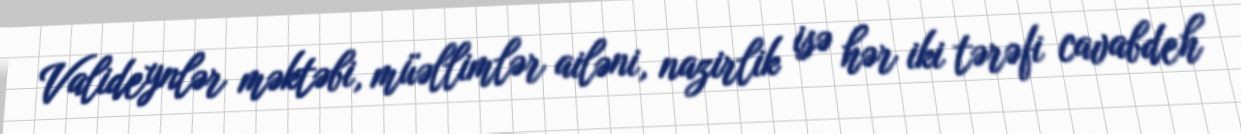
Valideynlər məktəbi, müəllimlər ailəni, nazirlik isə hər iki tərəfi cavabdeh